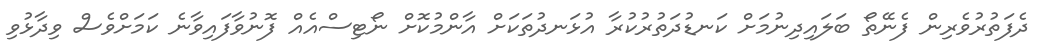
ދެފަތުރުވެރިން ފެނޭތޯ ބަލައިދިނުމަށް ކަނޑުދަތުރުކުރާ އުޅަނދުތަކަށް އާންމުކޮށް ނޯޓިސްއެއް ފޮނުވާފައިވާނެ ކަމަށްވެސް ވިދާޅުވި